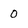
Character: 0